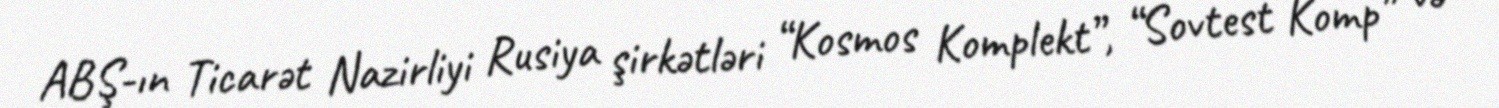
ABŞ-ın Ticarət Nazirliyi Rusiya şirkətləri “Kosmos Komplekt”, “Sovtest Komp” və